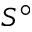
S ^ { \circ }